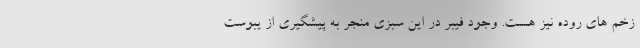
زخم های روده نیز هست. وجود فیبر در این سبزی منجر به پیشگیری از یبوست